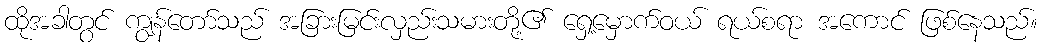
ထိုအခါတွင် ကျွန်တော်သည် အခြားမြင်းလှည်းသမားတို့၏ ရှေ့မှောက်ဝယ် ရယ်စရာ အကောင် ဖြစ်နေသည်။